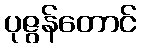
ပုဇွန်တောင်